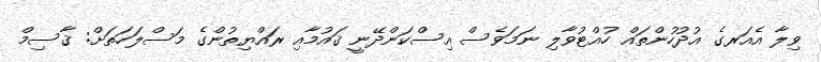
ވިލާ އެއަރގެ އުދުހުންތައް ހުއްޓުވާލި ނަމަވެސް އިސްކަންދޭނީ ޤައުމާއި ރައްޔިތުންގެ މަސްލަހަތަށް: ޤާސިމް